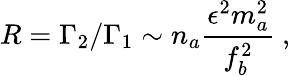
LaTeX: R=\Gamma_{2}/\Gamma_{1}\sim n_{a}{\frac{\epsilon^{2}m_{a}^{2}}{f_{b}^{2}}}~,